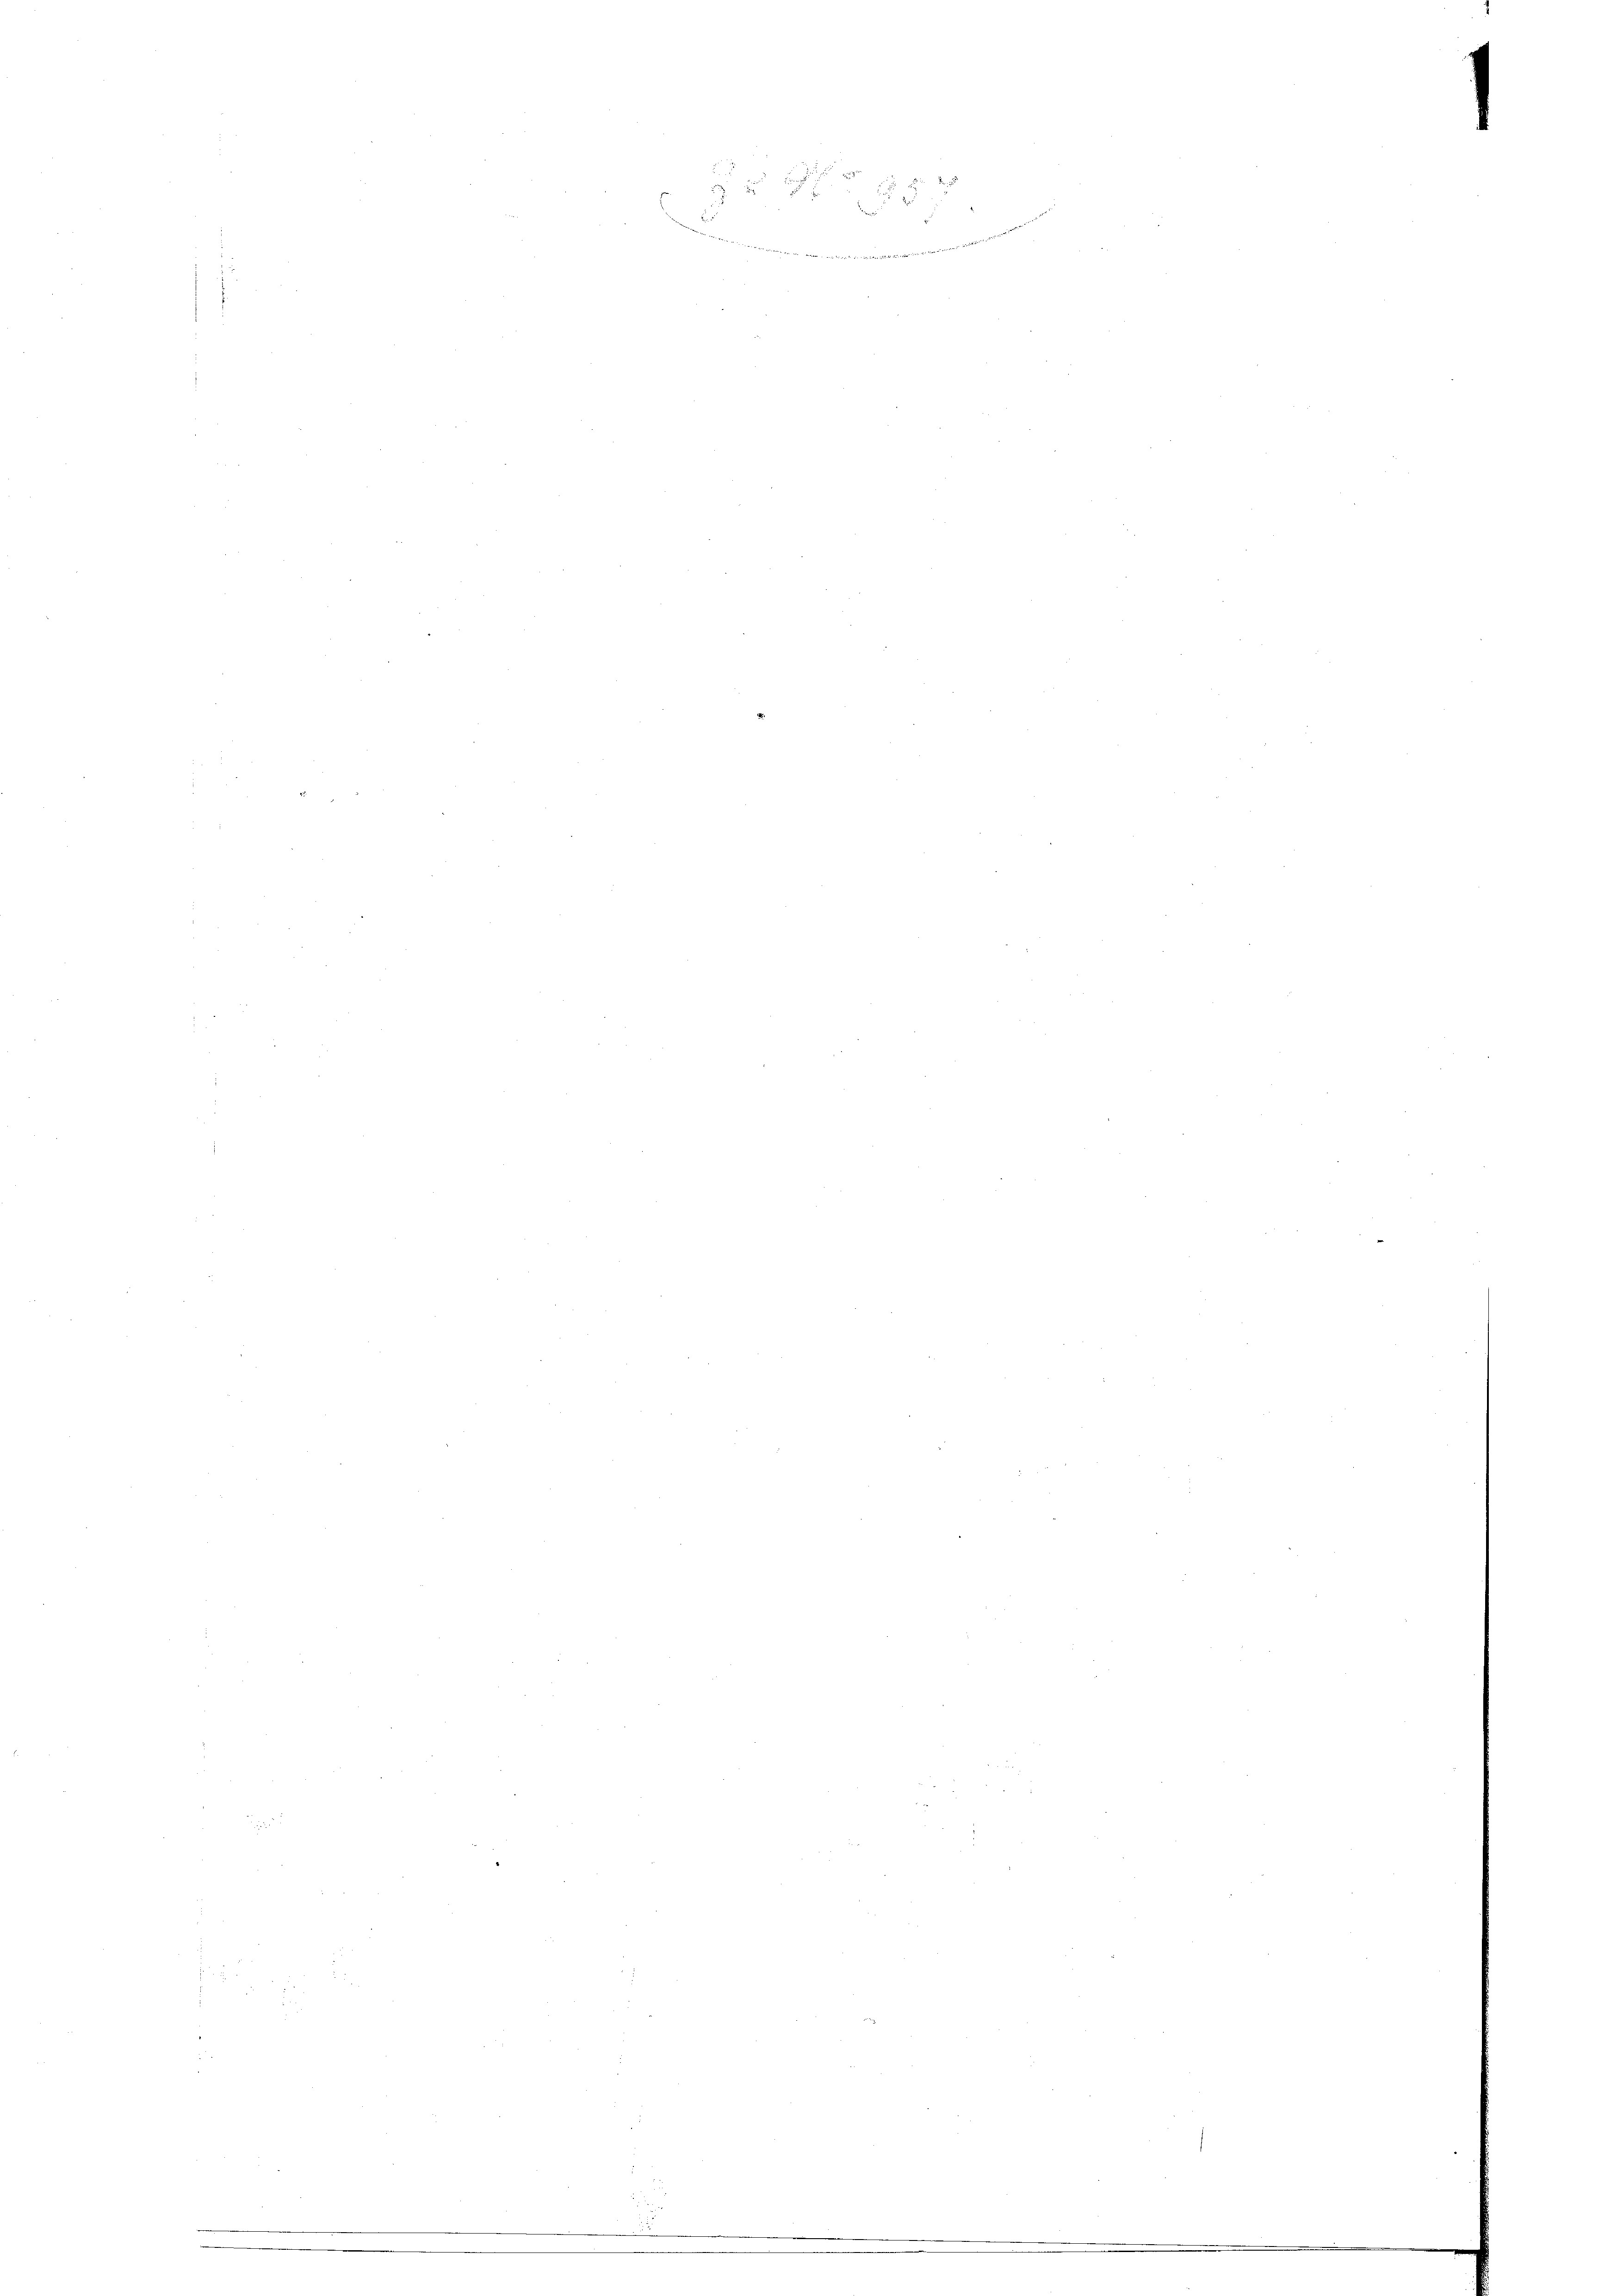
n eine liege